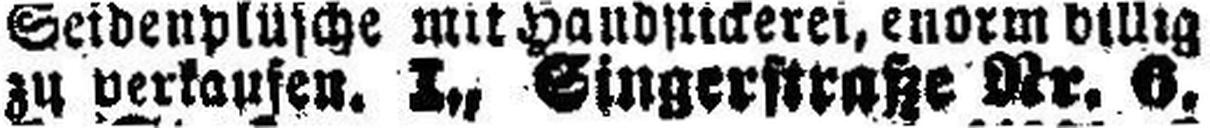
zu verkaufen. I., Singerstraße Nr. 6,